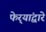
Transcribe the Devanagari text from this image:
फेर्‍यांद्वारे